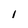
Character: 1